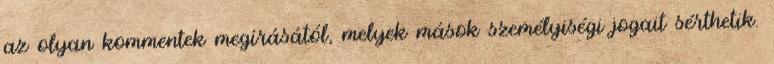
az olyan kommentek megírásától, melyek mások személyiségi jogait sérthetik.